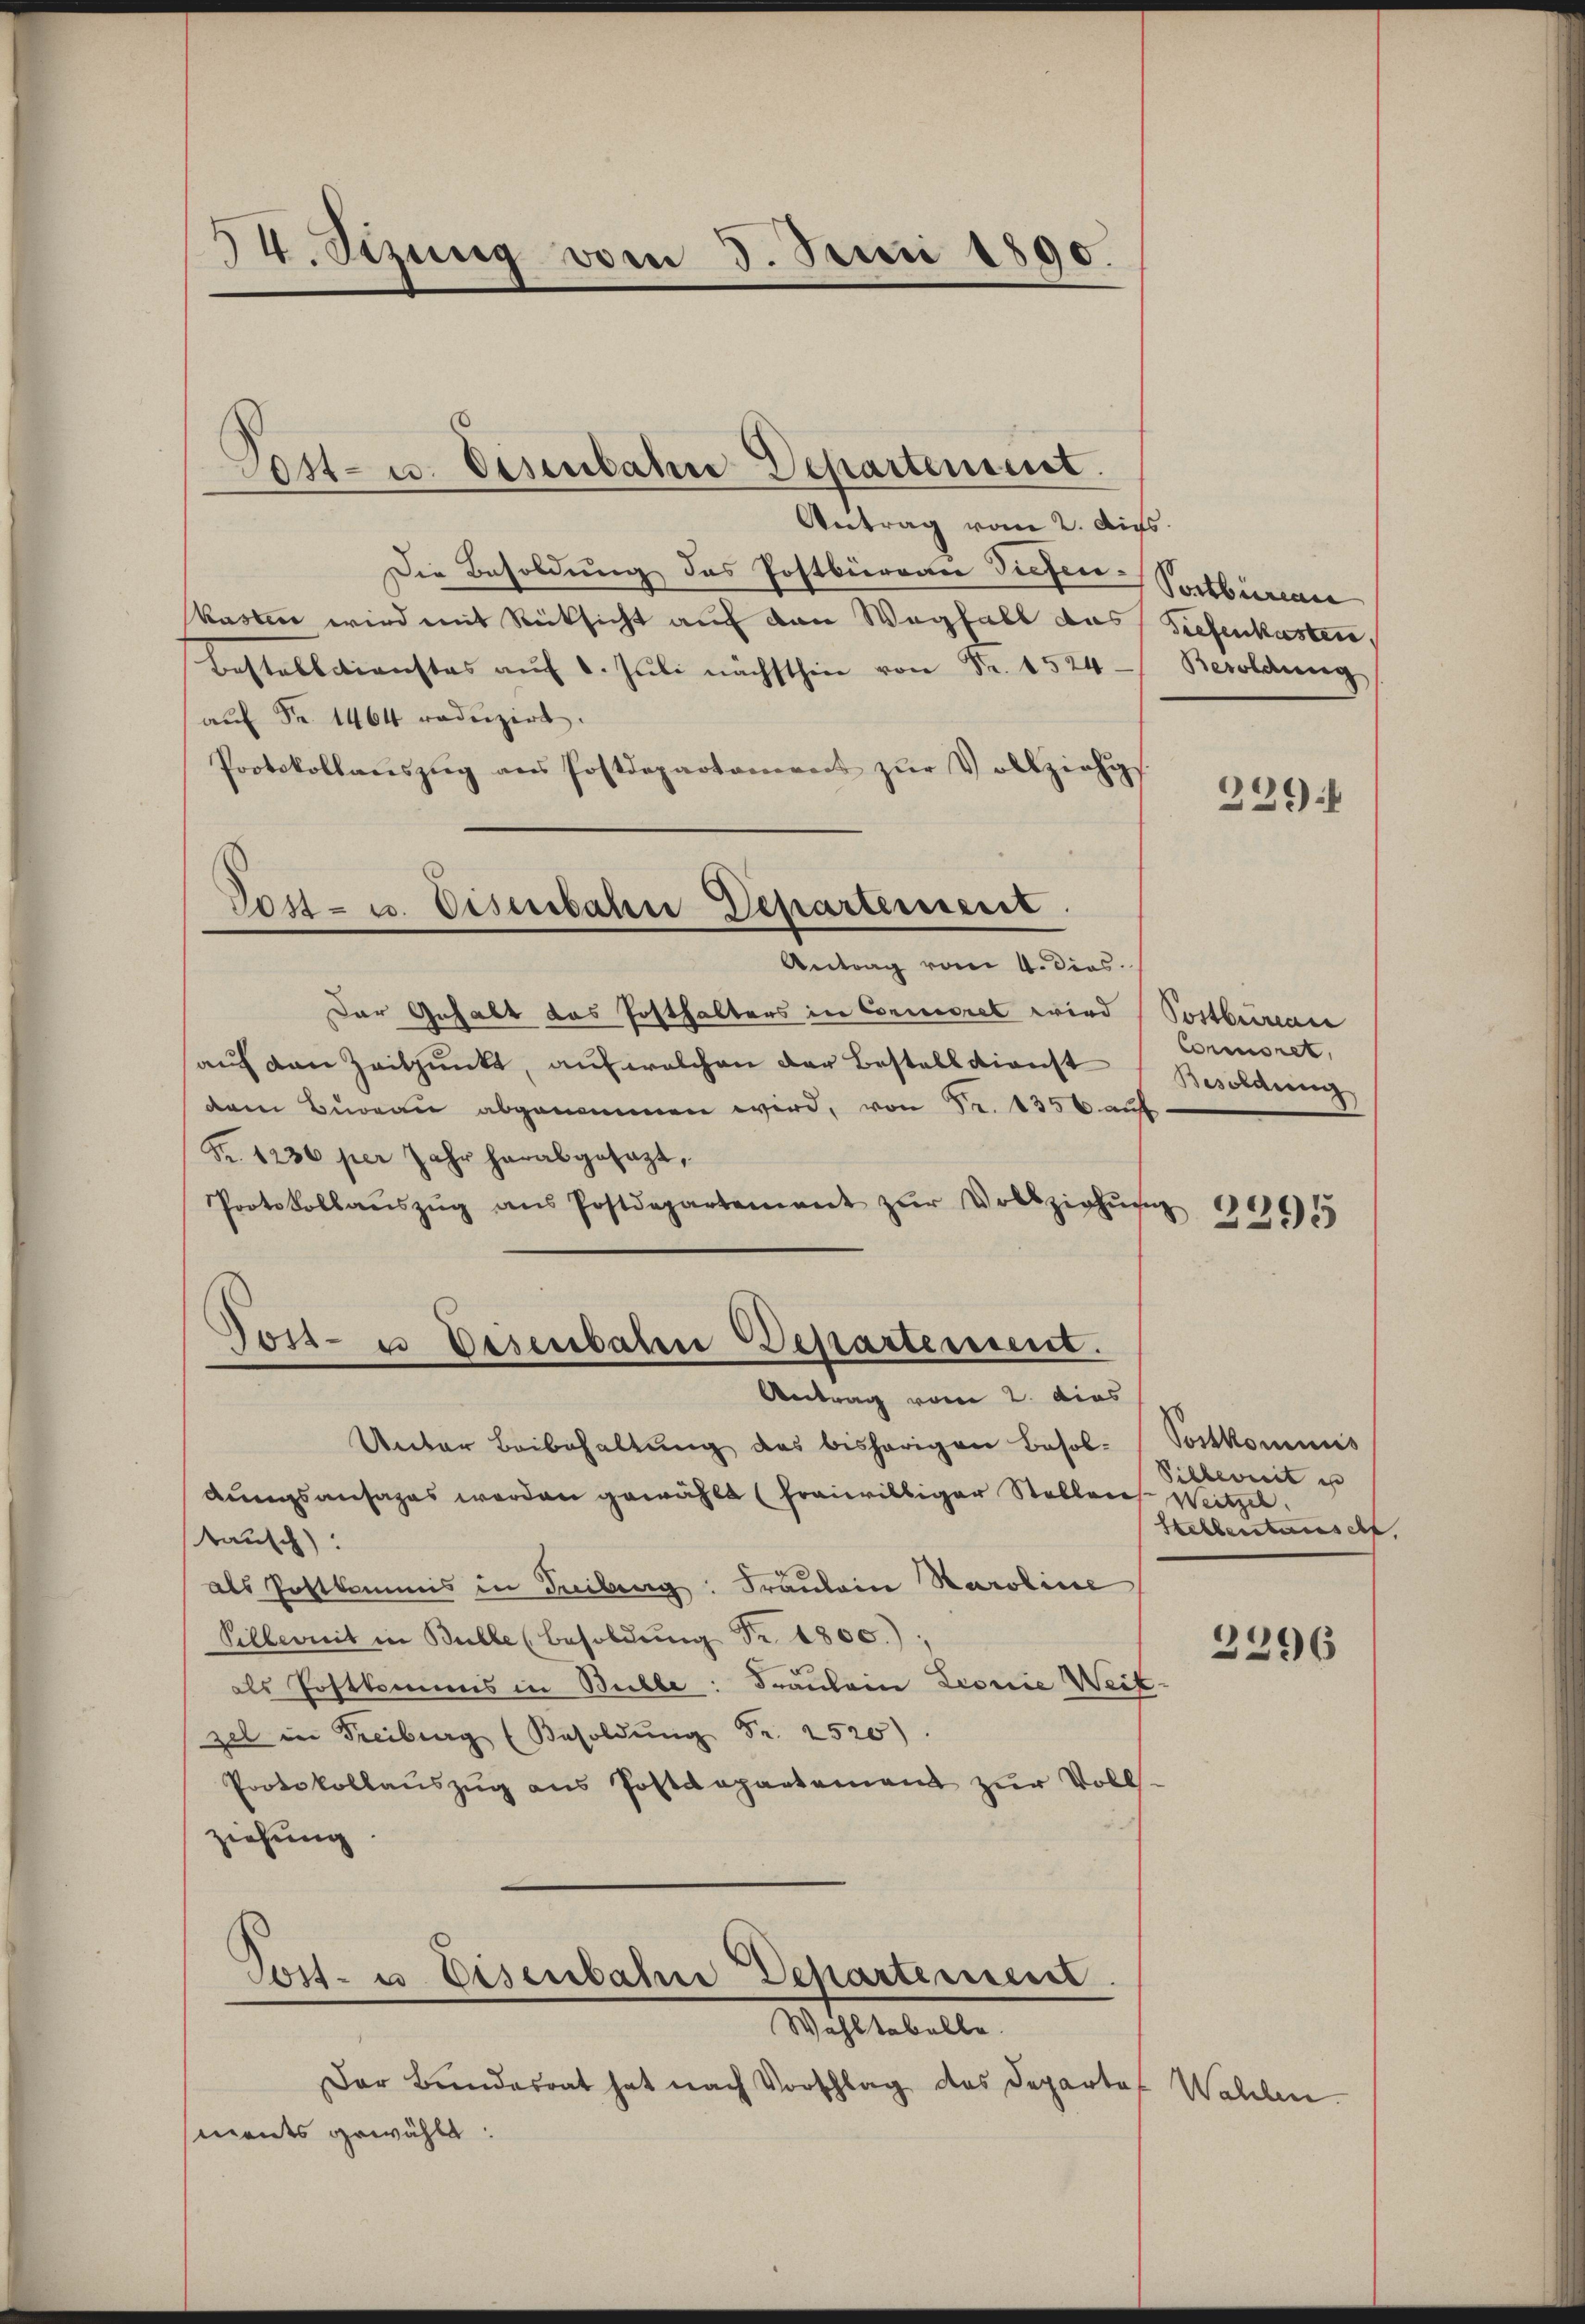
34. Stzung vom 5. Juni 1890.

Vetrag vom 2. Aus
Die Besoldung des Postbüreau Tiefen.
kasten wird mit Rücksicht auf den Wegfalt das
Bestelldienstes aŭf 1. Jŭli nächsten Fr. 524
aŭf Fr. 1464 reduzirt.
Protokollanszŭg ans Postdepartament zŭr Vollziehis.
Post- u. Eisenbahn Departement
Antrag vom 4. dies.
Der Gehalt das Posthalters in Concorel wird
auf den Zeitpunkt, auf welchen der Bestall dienst
dem Bureau abgenommen wird, von Fr. 1356 auf
Fr. 1236 per Jahr herabgesagt,
Protokollaŭszŭg ans Postdepartement zŭr Vollziehŭng

Post- u. Eisenbahn-Departement.

Post- u Desenbaten Departement.
Antrag vom 2. dies

Unter Beibehaltung des bisherigen Besoldungsansages werden gewählt (freiwilliger Stelleres Weitzer.
tausch):
als Postkommis in Treiburg: Fräulein Karoline
Pillenit in Bulle (Besoldung Fr. 1800.)
als Postkommis in Bulle: Fräulein Lionie Weit
zel in Freiburg (Besoldŭng Fr. 2520)
Protokollaŭszŭg ans Postdepartement zŭr Voll-
ziehung
Post- u. Eisenbahne Departement
Wahltabelle.
Der Bundesrat hat nach Vorschlag des Departof Wahlen.
ments gewählt:

Postbüreau
Tiefenkasten,
Besoldung
229 f

Postburau
Commisret.
Besoldung
2295

Postkommis
Silbereit es
Stellerstauses,

2296